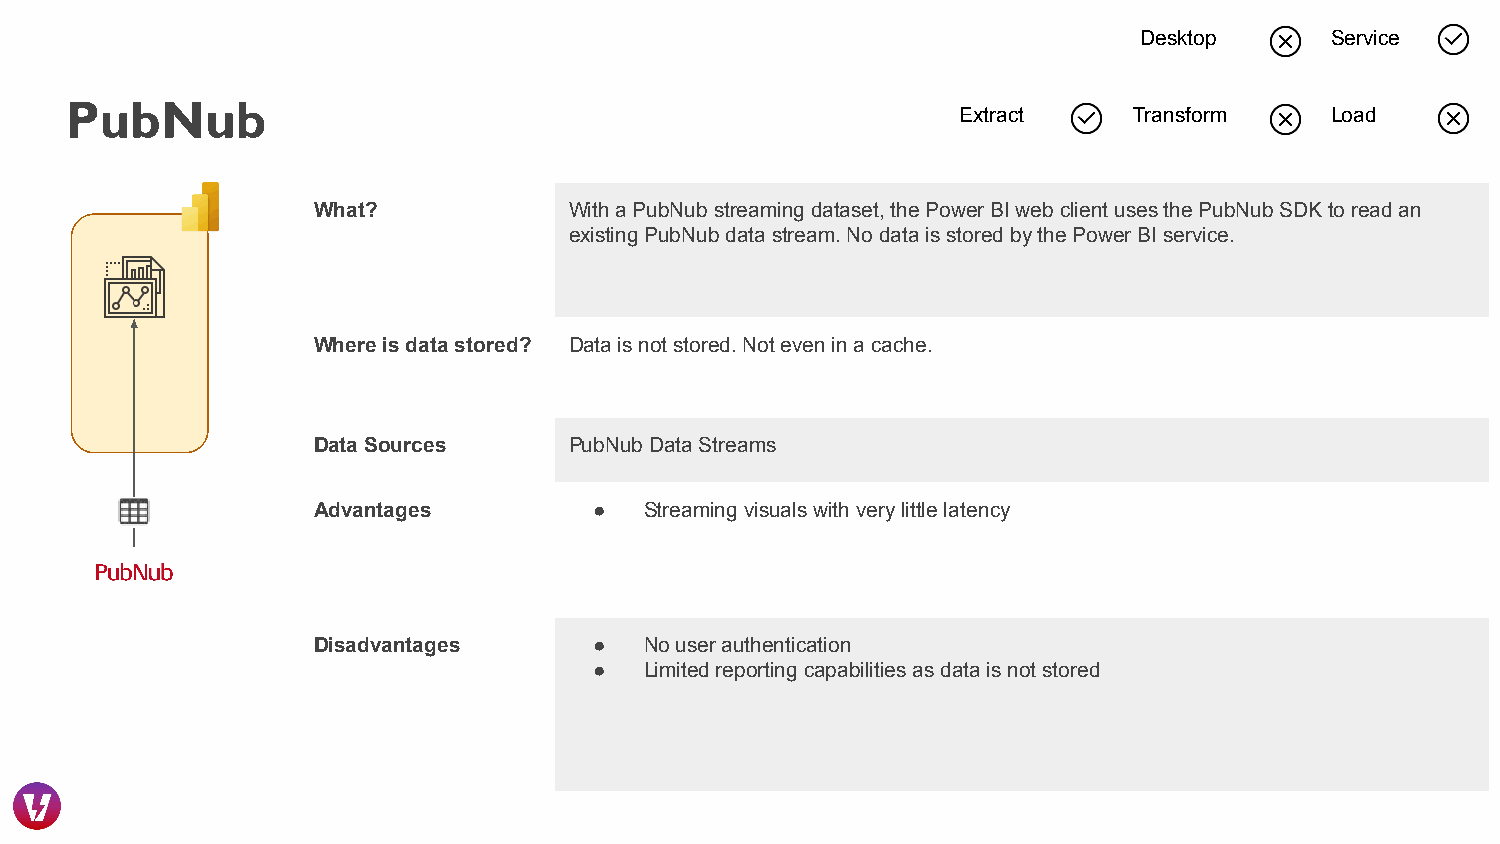
Desktop      Service
 PubNub
 Extract     Transform    Load
 What?            With a PubNub streaming dataset, the Power BI web client uses the PubNub SDK to read an
 existing PubNub data stream. No data is stored by the Power BI service.
 Where is data stored? Data is not stored. Not even in a cache.
 Data Sources     PubNub Data Streams
 Advantages        ●   Streaming visuals with very little latency
 Disadvantages     ●   No user authentication
 ●   Limited reporting capabilities as data is not stored